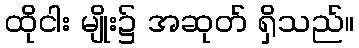
ထိုငါး မျိုး၌ အဆုတ် ရှိသည်။